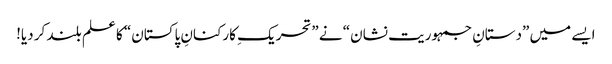
ایسے میں ”دستانِ جمہوریت نشان“ نے ”تحریکِ کارکنانِ پاکستان“ کا علم بلند کر دیا!